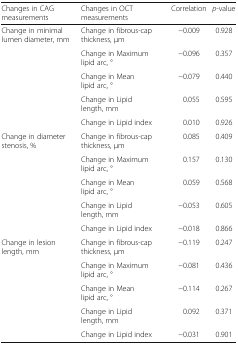
| Changes in CAG measurements | Changes in OCT measurements | Correlation | p-value |
 | --- | --- | --- | --- |
 | <ROWSPAN=5> Change in minimal lumen diameter, mm | Change in fibrous-cap thickness, μm | −0.009 | 0.928 |
 | Change in Maximum lipid arc, ° | −0.096 | 0.357 |
 | Change in Mean lipid arc, ° | −0.079 | 0.440 |
 | Change in Lipid length, mm | 0.055 | 0.595 |
 | Change in Lipid index | 0.010 | 0.926 |
 | <ROWSPAN=5> Change in diameter stenosis, % | Change in fibrous-cap thickness, μm | 0.085 | 0.409 |
 | Change in Maximum lipid arc, ° | 0.157 | 0.130 |
 | Change in Mean lipid arc, ° | 0.059 | 0.568 |
 | Change in Lipid length, mm | −0.053 | 0.605 |
 | Change in Lipid index | −0.018 | 0.866 |
 | <ROWSPAN=5> Change in lesion length, mm | Change in fibrous-cap thickness, μm | −0.119 | 0.247 |
 | Change in Maximum lipid arc, ° | −0.081 | 0.436 |
 | Change in Mean lipid arc, ° | −0.114 | 0.267 |
 | Change in Lipid length, mm | 0.092 | 0.371 |
 | Change in Lipid index | −0.031 | 0.901 |